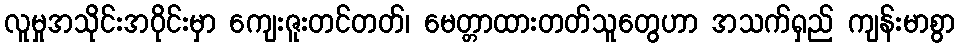
လူမှုအသိုင်းအဝိုင်းမှာ ကျေးဇူးတင်တတ်၊ မေတ္တာထားတတ်သူတွေဟာ အသက်ရှည် ကျန်းမာစွာ